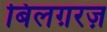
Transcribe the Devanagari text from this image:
बिलग़रज़